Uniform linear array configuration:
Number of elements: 8
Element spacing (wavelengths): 0.5
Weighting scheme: hamming
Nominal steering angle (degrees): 60
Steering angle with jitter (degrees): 59.085
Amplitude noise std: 0.05
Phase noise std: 0.05

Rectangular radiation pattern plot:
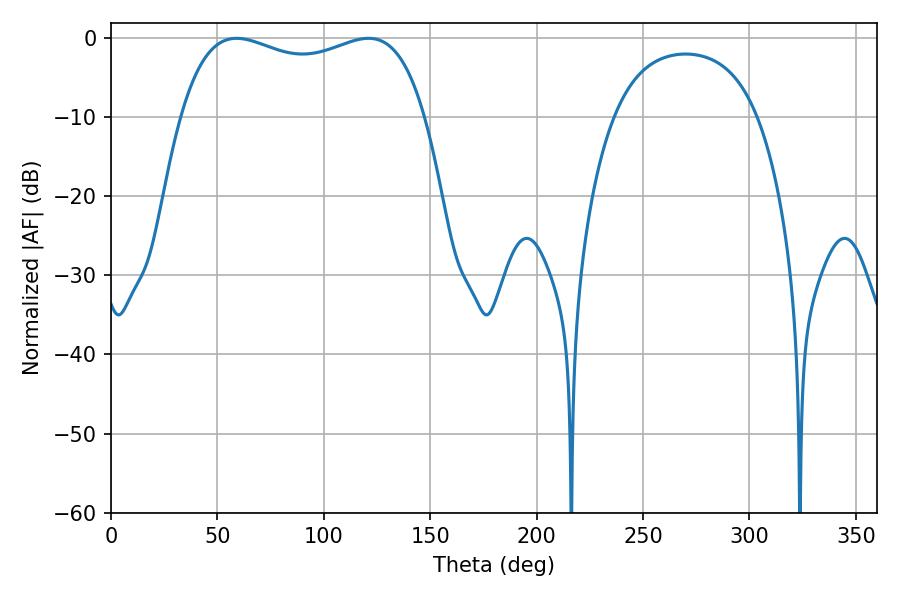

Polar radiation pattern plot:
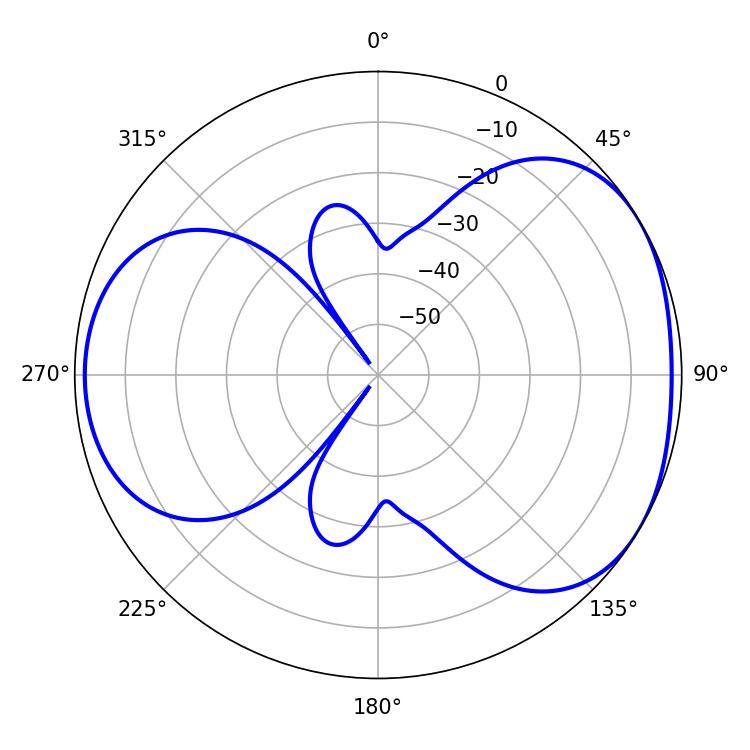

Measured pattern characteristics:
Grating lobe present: FALSE
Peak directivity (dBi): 4.243
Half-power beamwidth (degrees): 93.96
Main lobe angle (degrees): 59.04